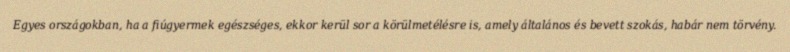
Egyes országokban, ha a fiúgyermek egészséges, ekkor kerül sor a körülmetélésre is, amely általános és bevett szokás, habár nem törvény.